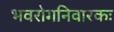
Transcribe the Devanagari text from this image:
भवरोगनिवारकः